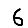
Digit: 6